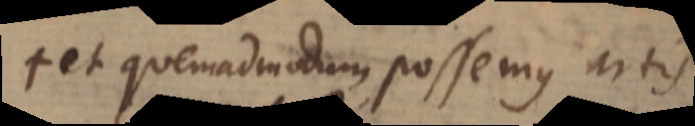
+ et quemadmodum possemus artis